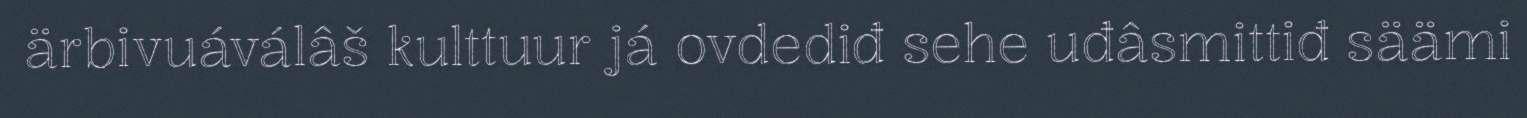
ärbivuáválâš kulttuur já ovdediđ sehe uđâsmittiđ säämi